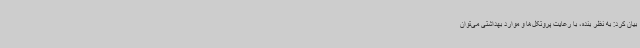
بیان کرد: به نظر بنده، با رعایت پروتکل‌ها و موارد بهداشتی می‌توان